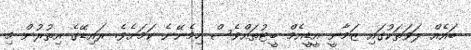
ބައެއް ލަވަތަކުގައި ޒަމާނީ އީޑީއެމް ބީޓުތައްވެސް ހިމެނޭނެ ކަމަށެވެ. ރައިޑޭގެ އިތުރުން މި